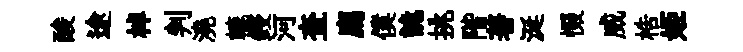
酸途棹判澆轆鋟河查廌僕詭挑階著涎惙威梏姬